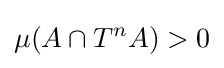
\mu (A\cap T^{n}A)>0